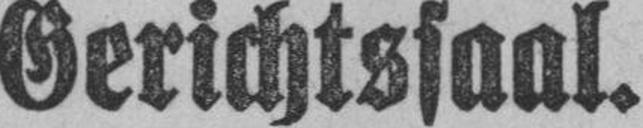
Gerichtssaal.